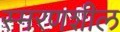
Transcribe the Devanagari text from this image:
स्मरणशील